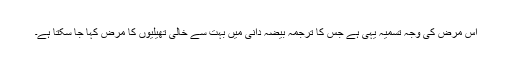
اس مرض کی وجہ تسمیہ یہی ہے جس کا ترجمہ بیضہ دانی میں بہت سے خالی تھیلیوں کا مرض کہا جا سکتا ہے۔